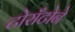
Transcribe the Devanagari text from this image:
टोराँटोने